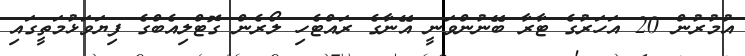
އުމުރުން 20 އަހަރުގެ ޓާރާ ބޭނުންވަނީ އޭނާގެ ރައްޓެހި ލޯރެން ގޮޓްލިއެބްގެ ފިޔަވަޅުމަތީގައި